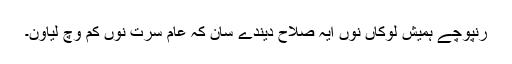
رنپوچے ہمیش لوکاں نوں ایہ صلاح دیندے سان کہ عام سرت نوں کم وچ لیاون۔